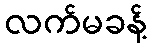
လက်မခန့်